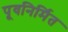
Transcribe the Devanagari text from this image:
पूवनिर्मित